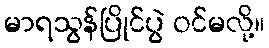
မာရသွန်ပြိုင်ပွဲ ဝင်မလို့။